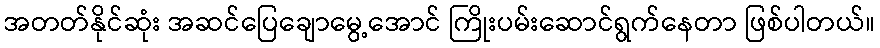
အတတ်နိုင်ဆုံး အဆင်ပြေချောမွေ့အောင် ကြိုးပမ်းဆောင်ရွက်နေတာ ဖြစ်ပါတယ်။